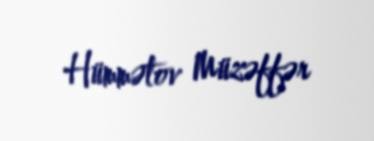
Hümmətov Müzəffər